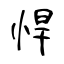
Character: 悍